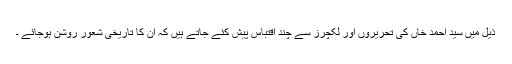
ذیل میں سید احمد خاں کی تحریروں اور لکچرز سے چند اقتباس پیش کئے جاتے ہیں کہ ان کا تاریخی شعور روشن ہوجائے ۔